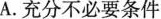
A.充分不必要条件